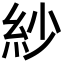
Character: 紗